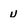
Character: u